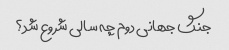
جنگ جهانی دوم چه سالی شروع شد؟